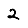
Digit: 2